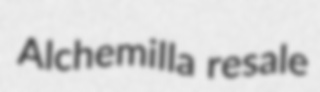
Alchemilla resale